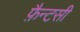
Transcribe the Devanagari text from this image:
फ़ैन्टसी